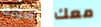
سوية معك